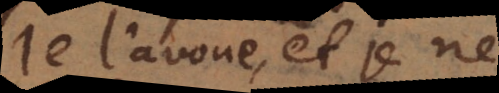
Je l’avoue, et je ne